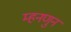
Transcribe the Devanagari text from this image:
म्हनणुन